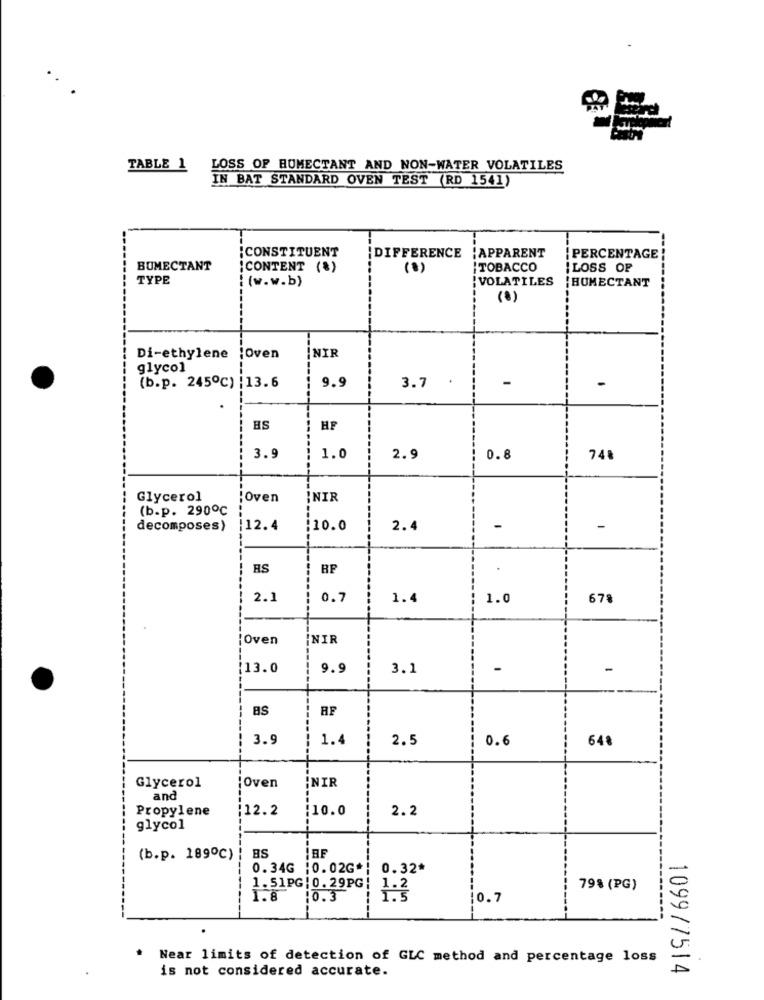
TABLE 1
LOSS OF HUMECTANT AND NON-WATER VOLATILES
IN BAT STANDARD OVEN TEST (RD 1541)
¡CONSTITUENT
¡APPARENT
¡DIFFERENCE
PERCENTAGE
BUMECTANT
¡CONTENT (%)
(8)
TOBACCO
ILOSS OF
TYPE
: (w.w.b)
VOLATILES
{HUMECTANT
(0)
INIR
Di-ethylene 'Oven
glycol
9.9
.
-
(b.p. 245℃) |13.6
3.7
HP
3.9
1.0
2.9
0.8
748
Glycerol
Oven
İNIR
(b.p. 290℃
decomposes)
|12.4
10.0
2.4
-
-
RS
2.1
0.7
1.4
1.0
678
¡Oven
NIR
[13.0
9.9
3.1
-
-
BS
RF
3.9
1.4
2.5
0.6
648
Glycerol
İNIR
;Oven
and
Propylene
12.2
¡10.0
2.2
glycol
BS
(b.p. 189℃)
0.34G :0.02G*
0.32*
1.51PG : 0. 29PG
79% (PG)
1.8
10.3
10.7
Near limits of detection of GLC method and percentage loss
is not considered accurate.
1099/7514